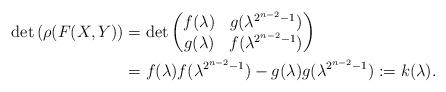
LaTeX: \begin{align*} \det \left(\rho(F(X,Y)\right) & = \det \begin{pmatrix} f(\lambda) & g(\lambda^{2^{n-2}-1}) \\ g(\lambda) & f(\lambda^{2^{n-2}-1})\end{pmatrix}\\& =f(\lambda)f(\lambda^{2^{n-2}-1})-g(\lambda)g(\lambda^{2^{n-2}-1}):=k(\lambda). \end{align*}